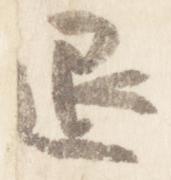
退